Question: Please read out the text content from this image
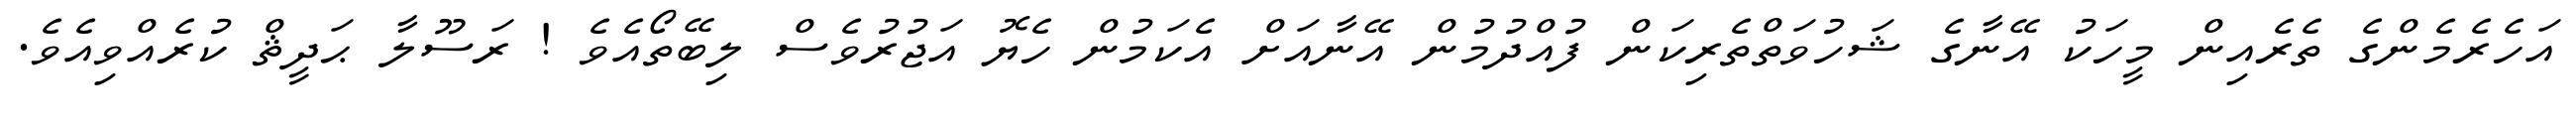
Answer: އަހެރެމެންގެ ތެރެއިން މީހަކު އޭނާގެ ޝަހުވަތްތެރިކަން ފުއްދުމުން އޭނާއަށް އެކަމުން ހެޔޮ އަޖުރުވެސް ލިބޭތޯއެވެ ! ރަސޫލާ ޙަދީޘް ކުރެއްވިއެވެ.